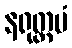
နရုတ္တမံ